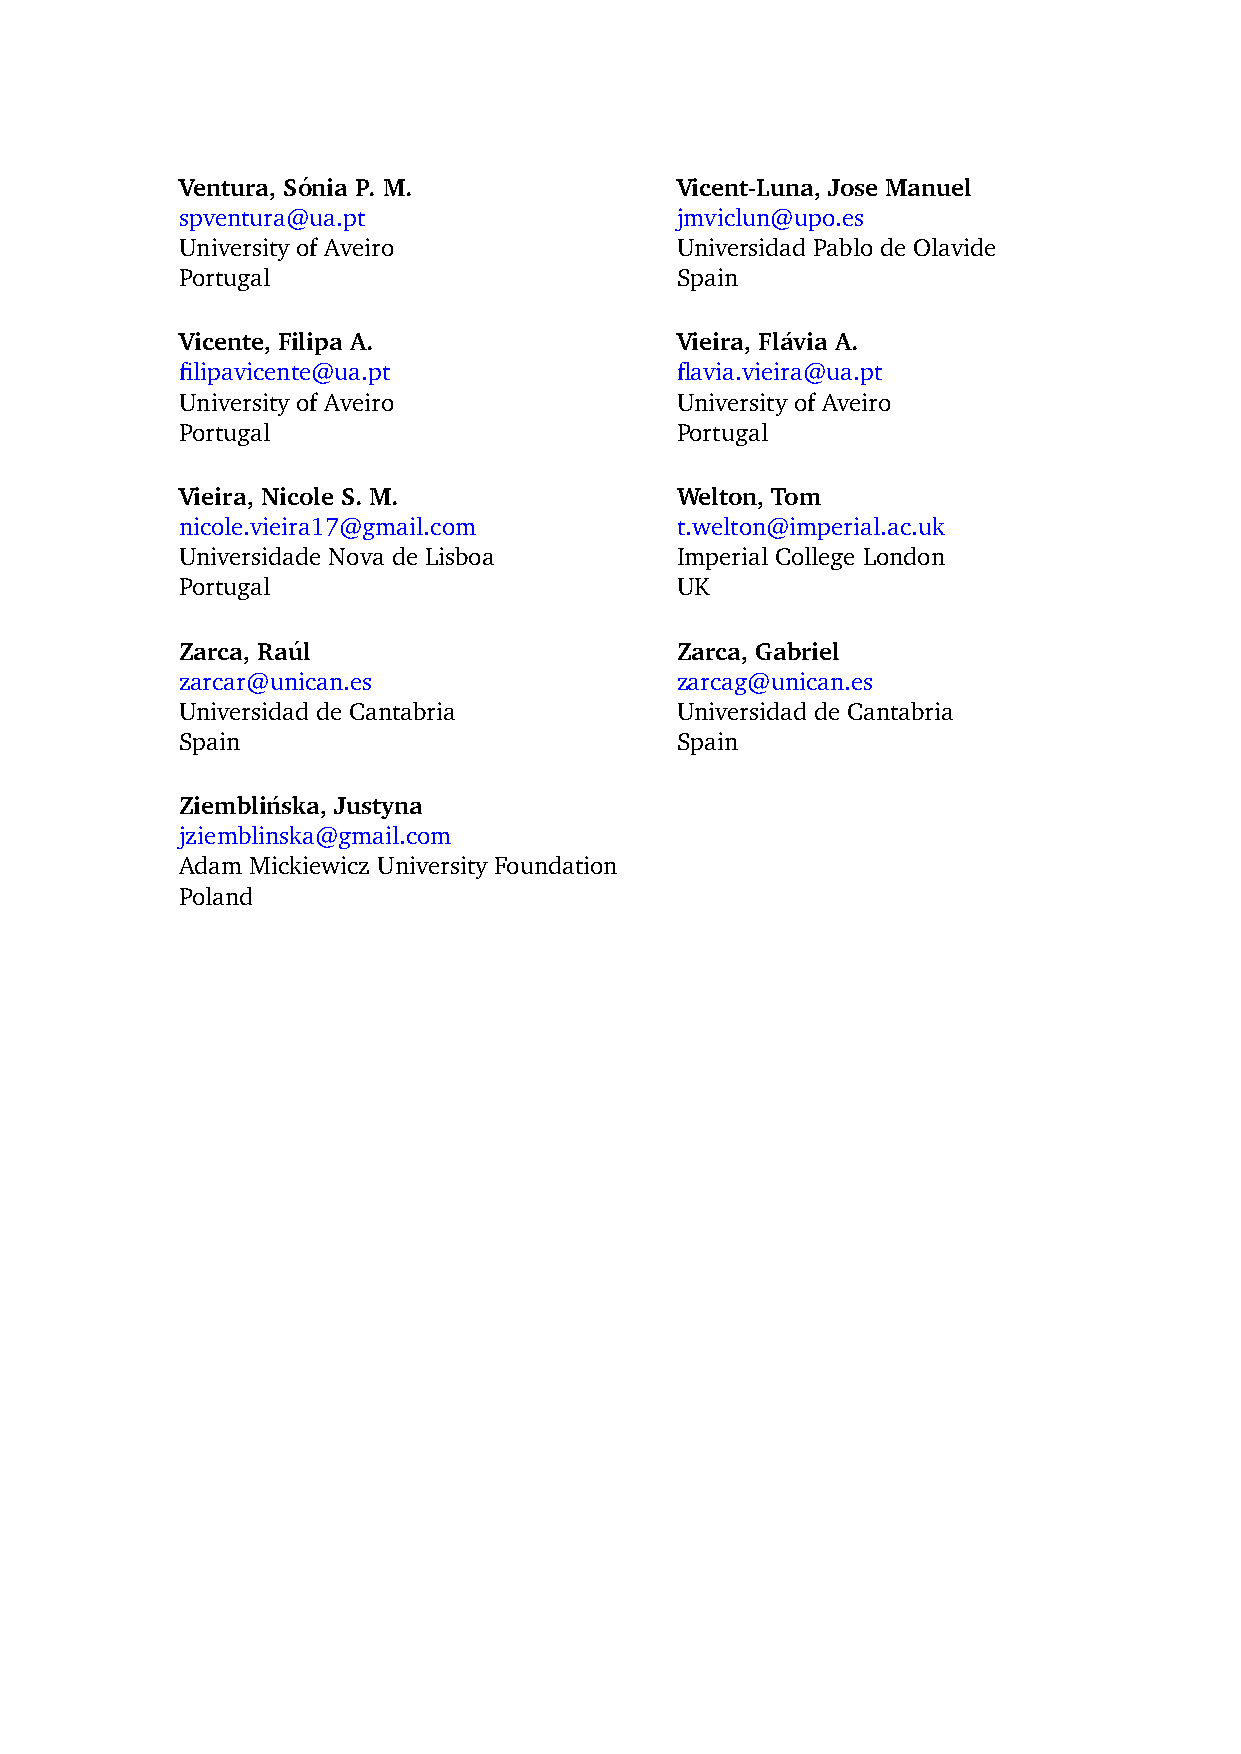
Ventura, So´nia P. M.            Vicent-Luna, Jose Manuel
 spventura@ua.pt                  jmviclun@upo.es
 University of Aveiro             Universidad Pablo de Olavide
 Portugal                         Spain
 Vicente, Filipa A.               Vieira, Fla´via A.
 filipavicente@ua.pt              flavia.vieira@ua.pt
 University of Aveiro             University of Aveiro
 Portugal                         Portugal
 Vieira, Nicole S. M.             Welton, Tom
 nicole.vieira17@gmail.com        t.welton@imperial.ac.uk
 Universidade Nova de Lisboa      Imperial College London
 Portugal                         UK
 Zarca, Rau´l                     Zarca, Gabriel
 zarcar@unican.es                 zarcag@unican.es
 Universidad de Cantabria         Universidad de Cantabria
 Spain                            Spain
 Ziemblin´ska, Justyna
 jziemblinska@gmail.com
 Adam Mickiewicz University Foundation
 Poland